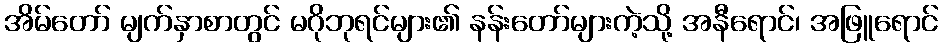
အိမ်တော် မျက်နှာစာတွင် မဂိုဘုရင်များ၏ နန်းတော်များကဲ့သို့ အနီရောင်၊ အဖြူရောင်